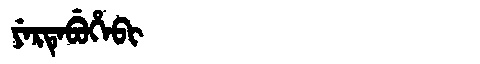
Manchu: ᠶᡝᡵᡨᡝᠪᡠᡥᡝᠪᡳ
Romanization: YERTEBUHEBI